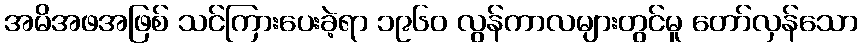
အမိအဖအဖြစ် သင်ကြားပေးခဲ့ရာ ၁၉၆၀ လွန်ကာလများတွင်မူ တော်လှန်သော